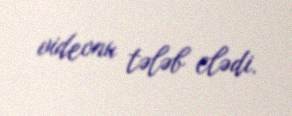
videonu tələb elədi.